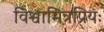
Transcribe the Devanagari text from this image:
विश्वामित्रप्रियः